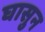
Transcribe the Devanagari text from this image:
घासुन